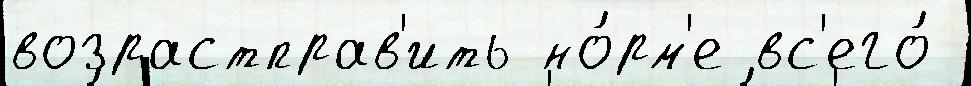
возрастправ'ить но́рм'е вс'его́